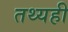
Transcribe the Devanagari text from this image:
तथ्यही